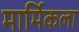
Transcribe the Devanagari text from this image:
मार्मिकला